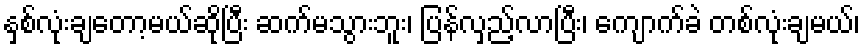
နှစ်လုံးချတော့မယ်ဆိုပြီး ဆက်မသွားဘူး၊ ပြန်လှည့်လာပြီး၊ ကျောက်ခဲ တစ်လုံးချမယ်၊